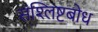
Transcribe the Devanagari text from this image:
संश्लिष्टबोध